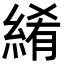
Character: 𬗤